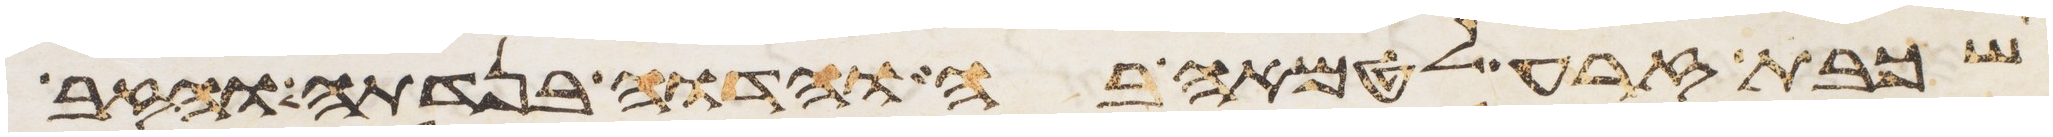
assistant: שכבת זרע לטמאה בה והדוה בנדתה והזב